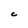
Character: C